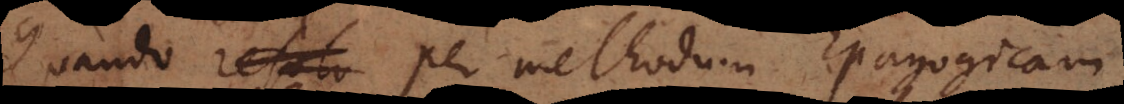
Quando resolv per methodum Epagogicam